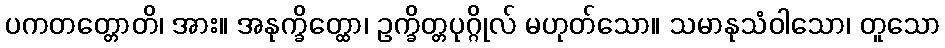
ပကတတ္တောတိ၊ အား။ အနုက္ခိတ္ထော၊ ဥက္ခိတ္တပုဂ္ဂိုလ် မဟုတ်သော။ သမာနုသံဝါသော၊ တူသော